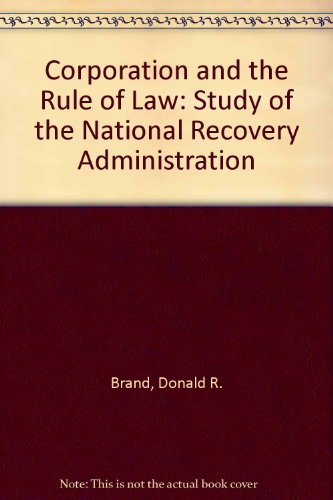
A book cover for Corporatism and the Rule of Law: A Study of the National Recovery Administration; Donald R. Brand; Law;